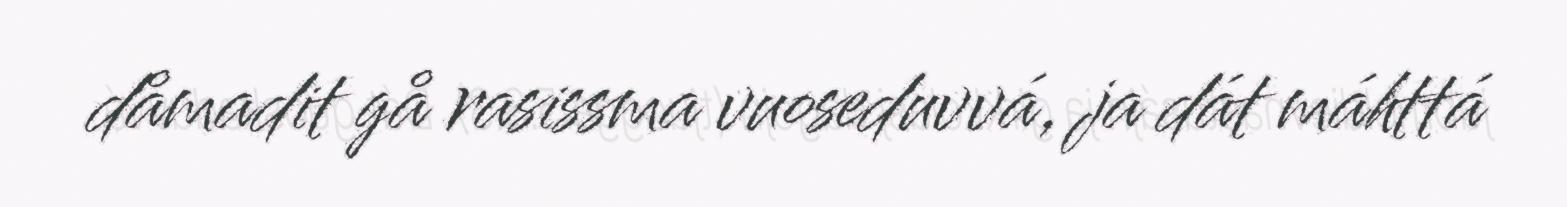
dåmadit gå rasissma vuoseduvvá, ja dát máhttá